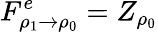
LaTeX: F_{\rho_{1}\to\rho_{0}}^{e}=Z_{\rho_{0}}